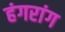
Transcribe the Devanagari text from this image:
हंगरांग